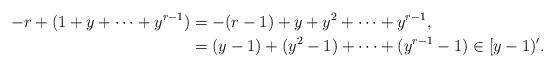
LaTeX: \begin{align*}-r+(1+y+\dots +y^{r-1}) &= -(r-1)+y+y^2+\dots + y^{r-1},\\&= (y-1)+(y^2-1)+\dots + (y^{r-1}-1) \in [y-1)^{\prime}.\end{align*}